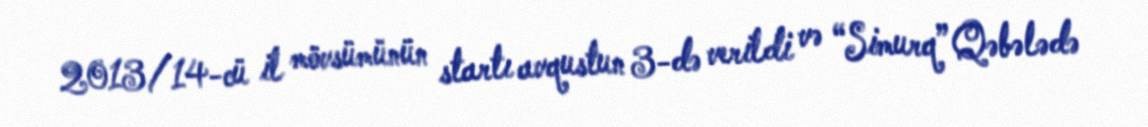
2013/14-cü il mövsümünün startı avqustun 3-də verildi və “Simurq” Qəbələdə